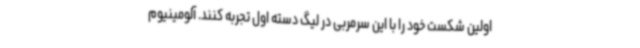
اولین شکست خود را با این سرمربی در لیگ دسته اول تجربه کنند. آلومینیوم